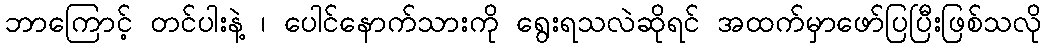
ဘာကြောင့် တင်ပါးနဲ့ ၊ ပေါင်နောက်သားကို ရွေးရသလဲဆိုရင် အထက်မှာဖော်ပြပြီးဖြစ်သလို